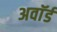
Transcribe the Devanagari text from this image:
अवाॅर्ड